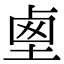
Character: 𡍏